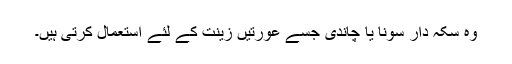
وہ سکہ دار سونا یا چاندی جسے عورتیں زینت کے لئے استعمال کرتی ہیں۔